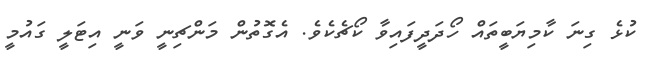
ކުޅެ ގިނަ ކާމިޔަބީތައް ހޯދަދީފައިވާ ކޯޗެކެވެ. އެގޮތުން މަންޗިނީ ވަނީ އިޓަލީ ގައުމީ